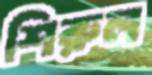
শিরুল